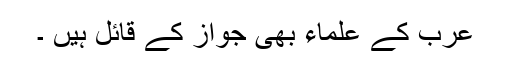
عرب کے علماء بھی جواز کے قائل ہیں ۔